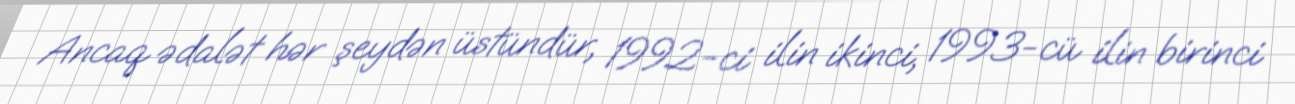
Ancaq ədalət hər şeydən üstündür, 1992-ci ilin ikinci, 1993-cü ilin birinci